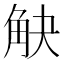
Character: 觖